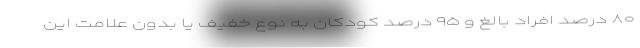
۸۰ درصد افراد بالغ و ۹۵ درصد کودکان به نوع خفیف یا بدون علامت این